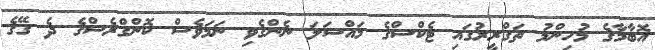
އޮބާމާގެ މުހިންމު ތަގްރީރުގައި ޓެކްސްގެ މައްސަލަ ނެންގެވި ނަމަވެސް ކޮންގްރެސްގެ ދެ ގޭގެ